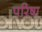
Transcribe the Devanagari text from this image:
परिषा